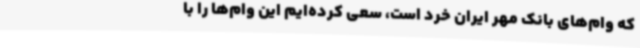
که وام‌های بانک مهر ایران خرد است، سعی کرده‌ایم این وام‌ها را با